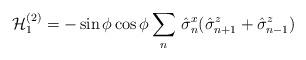
LaTeX: \begin{align*} \mathcal{H}_1^{(2)}=-\sin \phi \cos \phi \sum_n \, \hat{\sigma}^x_n( \hat{\sigma}^z_{n+1}+ \hat{\sigma}^z_{n-1})\end{align*}